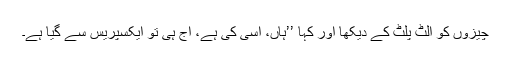
چیزوں کو الٹ پلٹ کے دیکھا اور کہا ’’ہاں، اسی کی ہے، آج ہی تو ایکسپریس سے گیا ہے۔